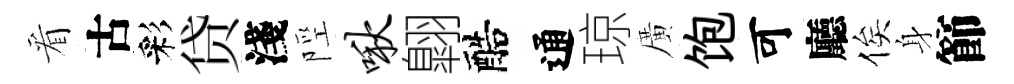
看古彩贷淺陘啾翺醅通琼廣饱可廳俟身節